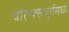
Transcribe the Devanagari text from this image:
वोल्फ्सबुर्गमध्ये